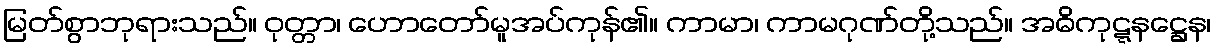
မြတ်စွာဘုရားသည်။ ဝုတ္တာ၊ ဟောတော်မူအပ်ကုန်၏။ ကာမာ၊ ကာမဂုဏ်တို့သည်။ အဓိကုဋ္ဋနဋ္ဌေန၊